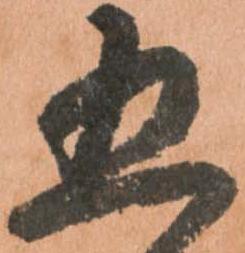
五